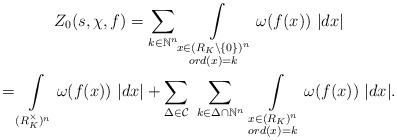
LaTeX: \begin{gather*}Z_{0}(s,\chi,f)=\sum\limits_{k\in\mathbb{N}^n}\int\limits_{\substack{x\in (R_{K}\setminus\{0\})^n\\ ord (x)=k}} \omega(f(x))\ |dx|\\=\int\limits_{(R_{K}^\times)^{n}}\omega(f(x))\ \vert dx\vert+\sum\limits_{\Delta\in\mathcal{C}}\ \sum\limits_{k\in\Delta\cap\mathbb{N}^n}\ \int\limits_{\substack{x\in (R_{K})^n\\ ord (x)=k}}\omega(f(x))\ \vert dx\vert.\end{gather*}